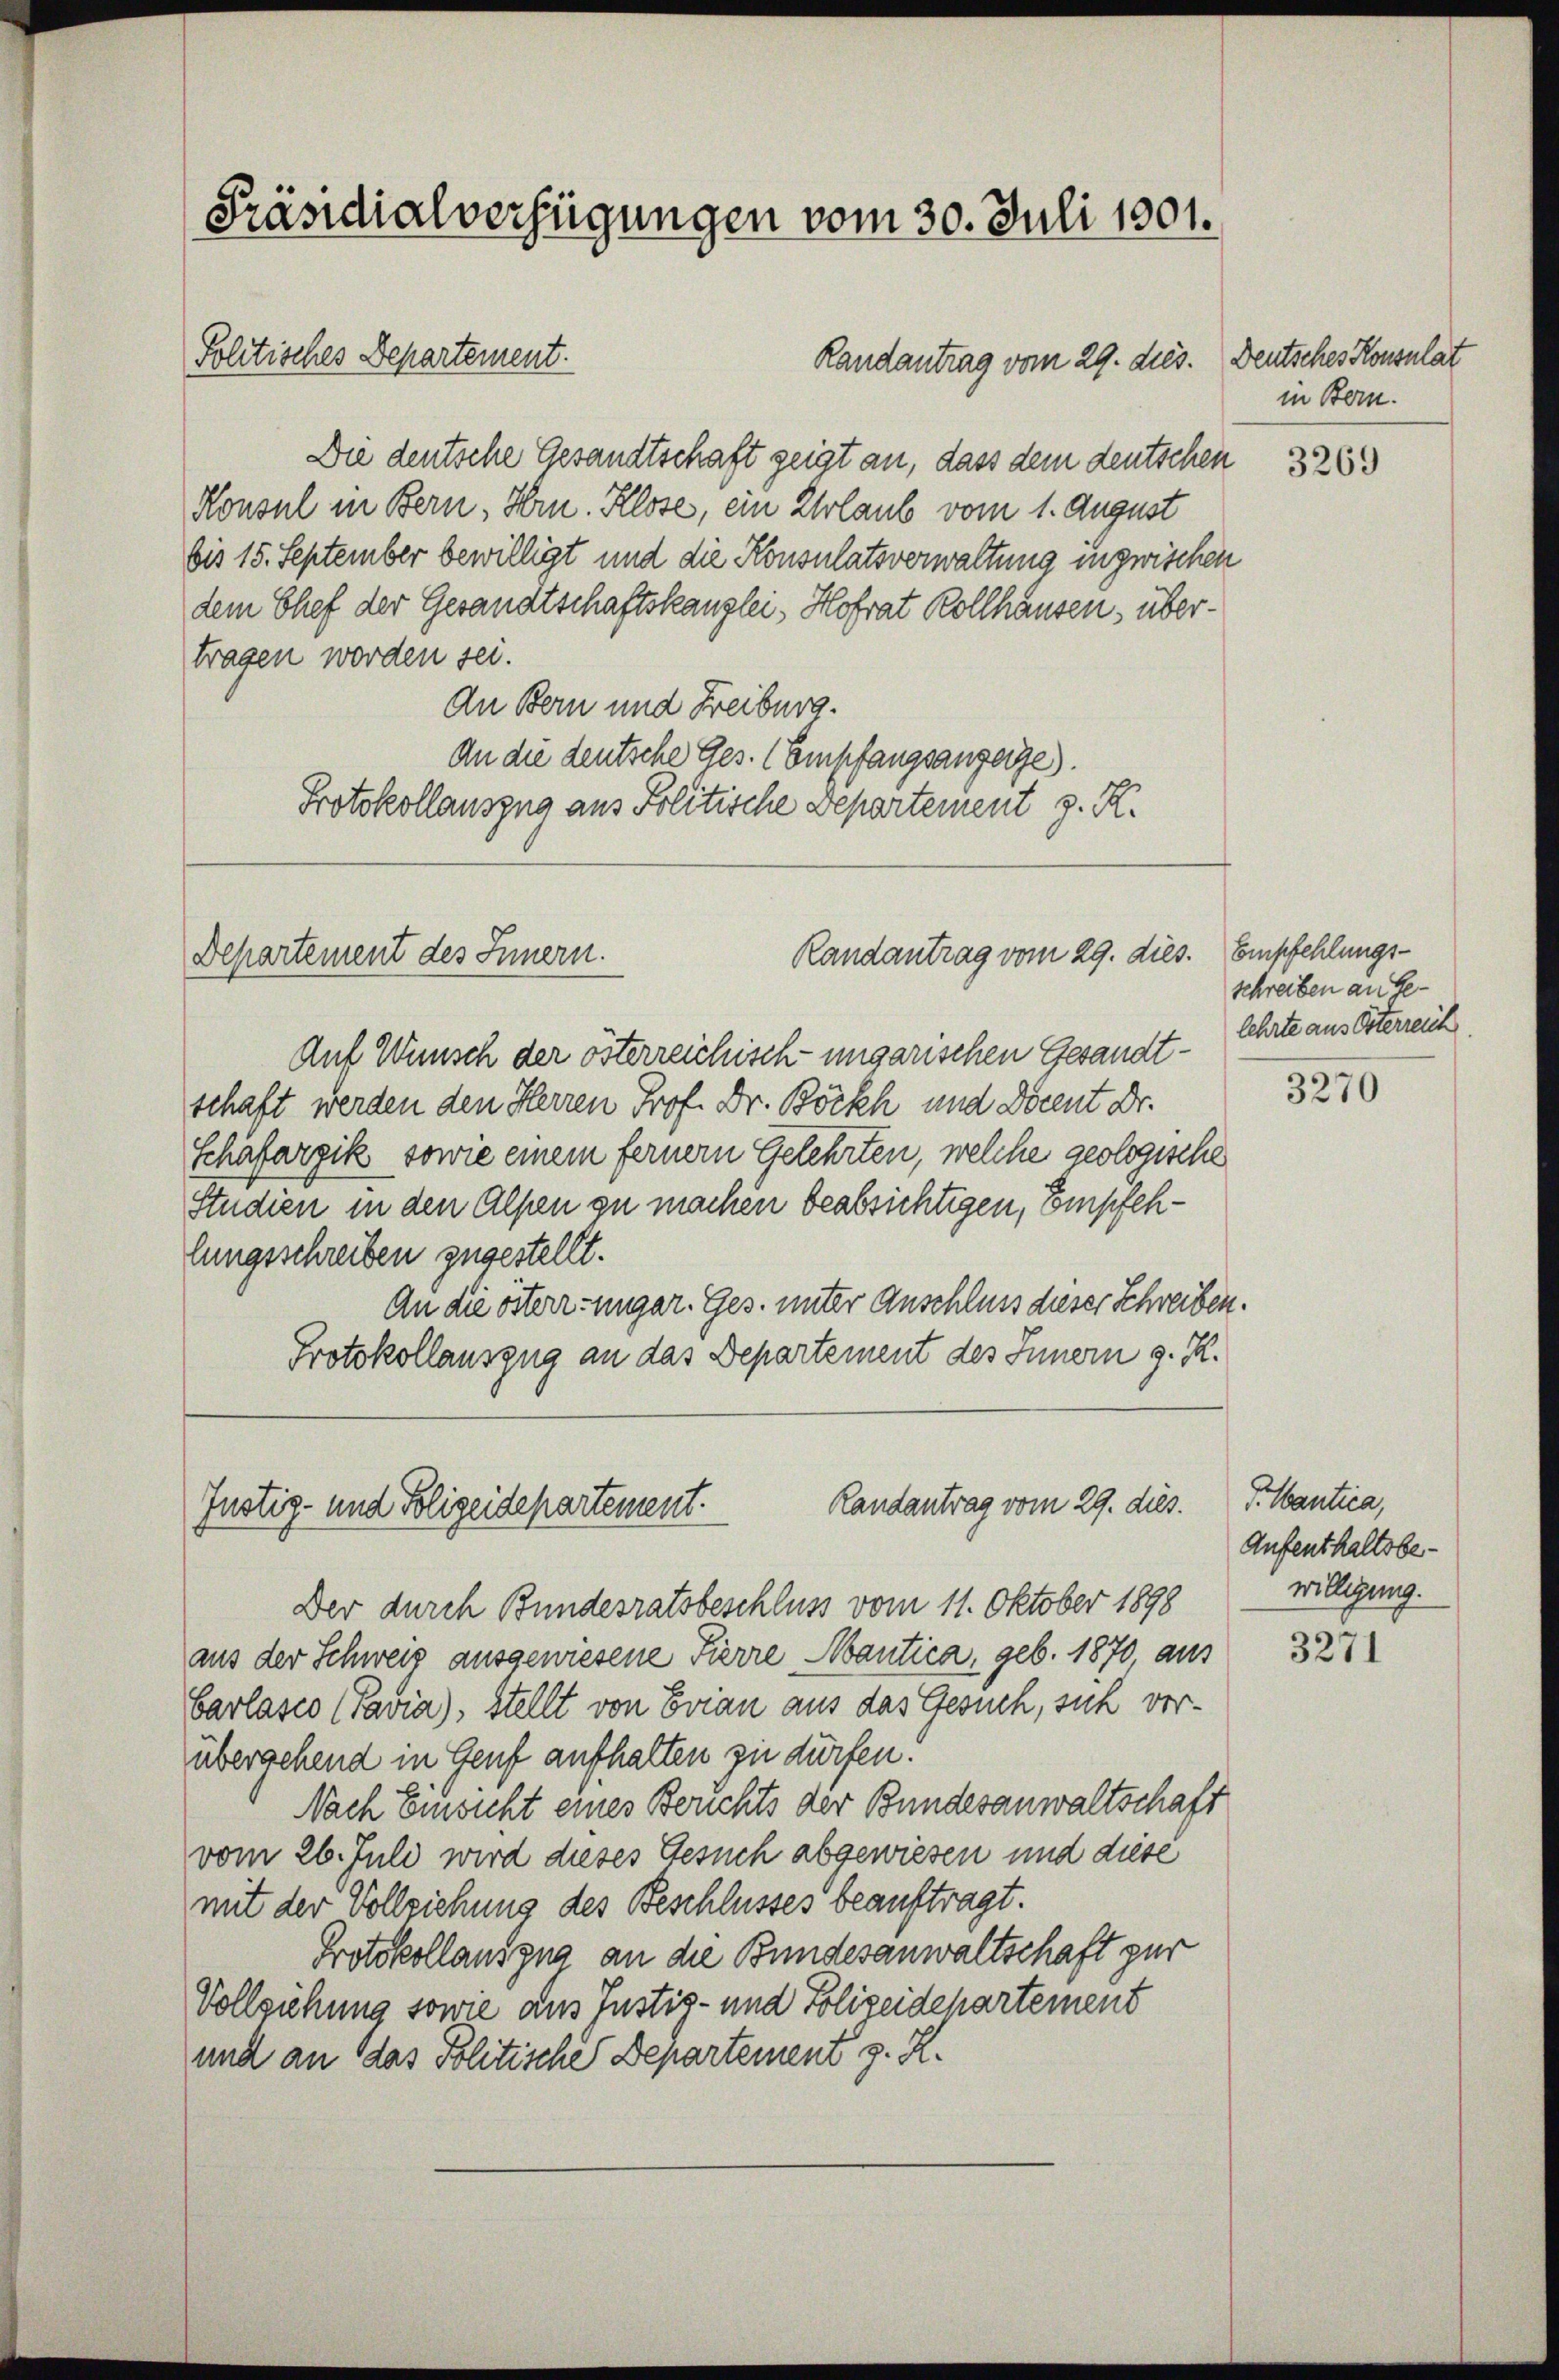
Präsidialverfügungen vom 30. Juli 1801.
Politisches Departement.
Randantrag vom 29. dies.

Die deutsche Gesandtschaft zeigt an, dass dem deutschen
Konsul in Bern, Hrn. Klose, ein Urlaub vom 1. August
bis 15. September bewilligt und die Konsulatsverwaltung inzwischen
dem Chef der Gesandtschaftskanzlei, Hofrat Rollhausen, übertragen worden sei.
An Bern und Freiburg.
An die deutsche Ges. (Empfangsanzeige).
Protokollauszug aus Politische Departement z. R.

Departement des Innern.

Auf Wunsch der österreichisch-ungarischen Gesandtschaft werden den Herren Prof. Dr. Böckh und Docent Dr.
schäfargik sowie einem ferner Gelehrten, welche geologische
Studien in den Alpen zu machen beabsichtigen, Empfehlungsschreiben zugestellt.
An die österr. ungar. Ges. unter Anschluss dieser Schreiben
Protokollauszug an das Departement des Innern g. K.

Randantrag vom 29. dies. Empfehlungs¬

Randantrag vom 29. dies.
Justiz- und Polizeidepartement.

Der durch Bundesratsbeschluss vom 11. Oktober 1898
aus der Schweiz ausgewiesene Pierre Mantica, geb. 1870 aus
Carlasso (Pavia), Stellt von Evian aus das Gesuch, sich verübergehend in Genf aufhalten zu dürfen.
Nach Einsicht eines Berichts der Bundesanwaltschaft
vom 26. Juli wird dieses Gesuch abgewiesen und diese
mit der Vollziehung des Beschlusses beauftragt.
Protokollausgna an die Bundesanwaltschaft zur
Vollziehung sowie aus Justiz- und Polizeidepartement
und an das Politische Departement z. R.

Deutsches Konsulat
in Bern.

3269

schreiben an Gelehrte aus Osterreich

3270

Santica,
Aufenthaltsbewilligung.

3271